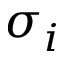
\sigma _ { i }